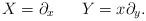
LaTeX: \begin{align*}X = \partial_x \ \ \ \ \ Y = x \partial_y.\end{align*}